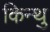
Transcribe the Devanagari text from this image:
किन्थु